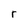
Character: r